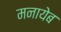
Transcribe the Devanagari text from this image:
मनायेब